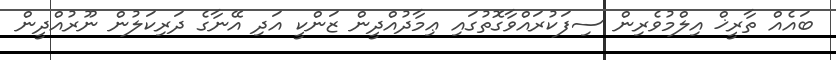
ބައެއް ތާރީޚް އިލްމުވެރިން ސިފަކުރައްވާގޮތުގައި ޢިމާދުއްދީން ޒަންކީ އަދި އޭނާގެ ދަރިކަލުން ނޫރުއްދީން